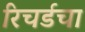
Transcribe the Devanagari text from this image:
रिचर्डचा